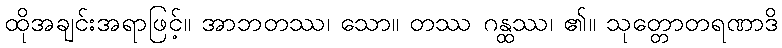
ထိုအချင်းအရာဖြင့်။ အာဘတဿ၊ သော။ တဿ ဂန္ထဿ၊ ၏။ သုတ္တောတရဏာဒိ